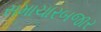
સમાચારબજાર